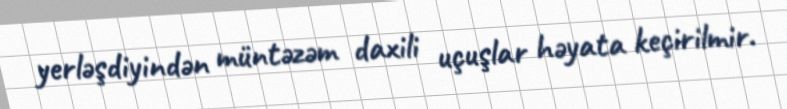
yerləşdiyindən müntəzəm daxili uçuşlar həyata keçirilmir.